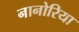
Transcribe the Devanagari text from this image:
नानोरिया